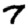
Digit: 7